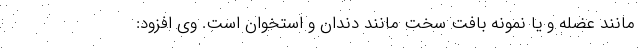
مانند عضله و یا نمونه بافت سخت مانند دندان و استخوان است. وی افزود: